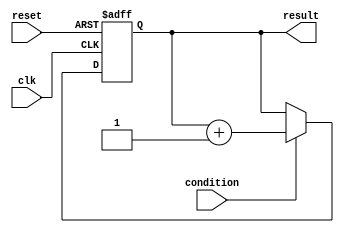
module do_while_loop (
    input clk,
    input reset,
    input condition,
    output reg [7:0] result
);

always @ (posedge clk or posedge reset) begin
    if (reset) begin
        result <= 0;
    end else begin
        if (condition) begin
            result <= result + 1;
        end
    end
end

endmodule